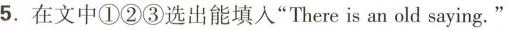
5.在文中①②③选出能填入"There is an old saying."